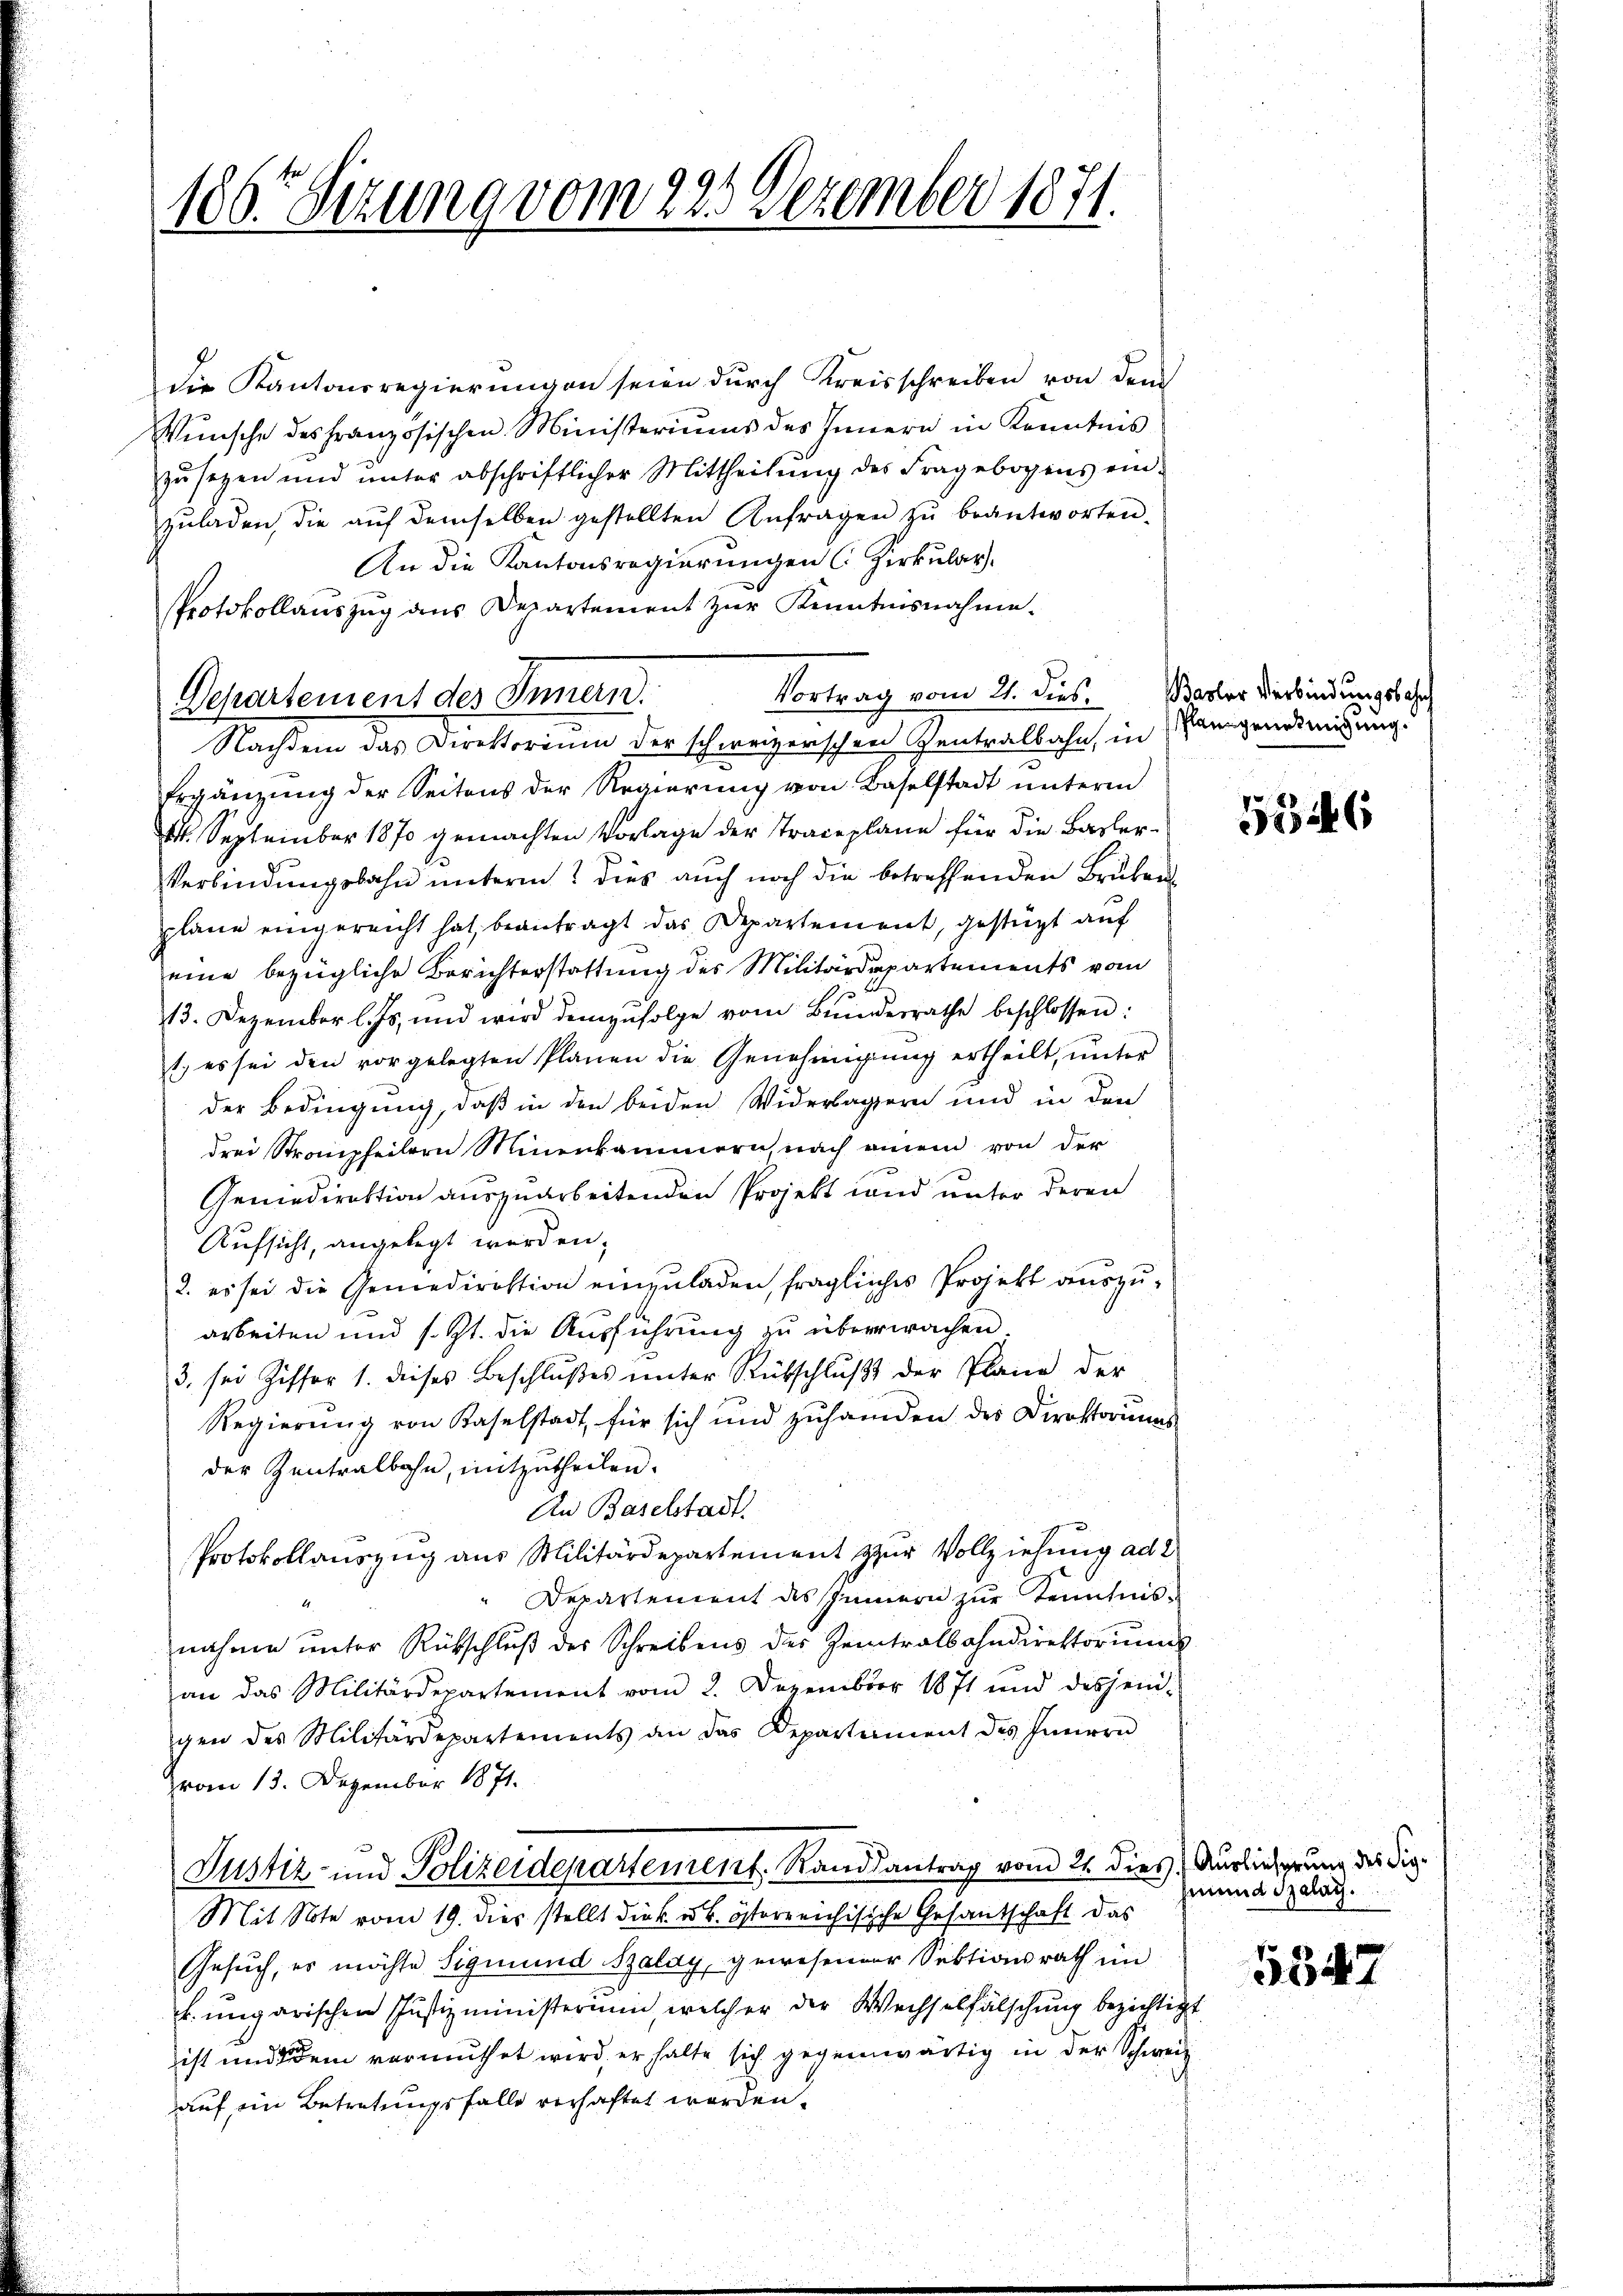
186. Sizung vom 225 Dezember 1871.

Departement des Innern.

die Kantonsregierungen seien durch Kreisschreiben von dem
Wünsche des französischen Ministeriums des Innern in Kenntnis
zu sezen und unter abschriftlicher Mittheilung des Fragebogens einzuladen, die auf demselben gestellten Anfragen zu beantworten.
An die Kantonsregierungen C. Zirkular
Protokollauszug aus Departement zur Kenntnisnahme.
Nachdem das Direktorium der schweizerischen Zentralbahn, in Rangendsmigung.
Ergänzung der Seitens der Regierung von Baselstadt unterm
2. September 1870 gemachten Vorlage der Traceplane für die Basler¬
Verbindungsbahn unterm dies auch noch die betreffenden Bruben
plane eingereicht hat beantragt das Departement, gestüzt auf
eine bezügliche Berichterstattung des Militärdepartements vom
13. Dezember l. Js. und wird demzufolge vom Bŭndesrathe beschlossen:
t, es sei den vorgelegten Planen die Genehmigung ertheilt, unter
der Bedingung, daß in den beiden Widerlagern und in den
drei Strampfeilern Minenkammern nach einem von der
Geniedirektion auszuarbeitenden Projekt land unter deren
Aufsicht, angelegt werden;
2. es sei die Gemedirektion einzŭladen, fragliches Projekt auszuarbeiten und s. Zt. die Ausführung zu überwachen.
3. sei Ziffer 1. dieses Beschlußes ŭnter Rükschlŭβ der Plane der
Regierŭng von Kaselstadt für sich und zŭhanden des Direktorums
der Zentralbahn, mitzutheilen.
An Baselstadt
Protokollauszug aus Militärdepartement zur Vollziehung ad 2
"Departement des Zinnern zur Kenntnis-
nahme ŭnter Rückschlŭβ der Schreibens der Zeintralbahndirektorŭms
an das Militärdepartement vom 2. Dezember 1871 und desjeni-
gen des Militärdepartements an das Departement des Innern
vom 13. Dezember 1871.
Justiz- und Polizeidepartement. Randsantrag vom 21. dies
Mit Note vom 19. dies stellt die k. u. k. österreichische Gesantschaft das
Gesuch, es möchte Sigmund Szaldy, gewesender Sektionsrath im
k. ungarischen Justizministerium welcher der Wechselfälschung bezichtigt
ist und dem vermuthet wird, er halte sich gegenwärtig in der Schweiz
auf ein Betretungsfalle verhaftet worden.

Vortrag vom 21. dies Basler Verbindungsbahr

5546

Auslieferung des Sigmund Salat.

5847